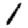
Digit: 1